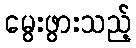
မွေးဖွားသည့်